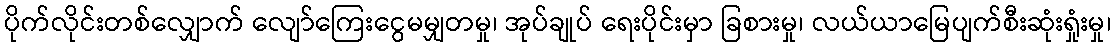
ပိုက်လိုင်းတစ်လျှောက် လျော်ကြေးငွေမမျှတမှု၊ အုပ်ချုပ် ရေးပိုင်းမှာ ခြစားမှု၊ လယ်ယာမြေပျက်စီးဆုံးရှုံးမှု၊